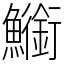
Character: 䲗